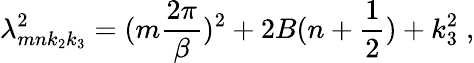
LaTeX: \lambda_{mnk_{2}k_{3}}^{2}=(m\frac{2\pi}{\beta})^{2}+2B(n+\frac{1}{2})+k_{3}^{2}\; ,